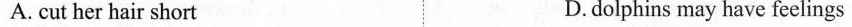
A. cut her hair short D.dolphins may have feelings